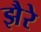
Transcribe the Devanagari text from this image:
झैरे